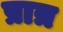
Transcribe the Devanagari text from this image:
प्रात्र